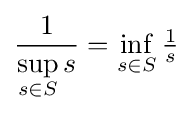
{\frac {1}{\displaystyle \sup _{s\in S}s}}=\inf _{s\in S}{\tfrac {1}{s}}